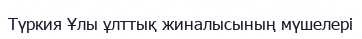
Түркия Ұлы ұлттық жиналысының мүшелері